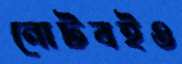
নোটবইও